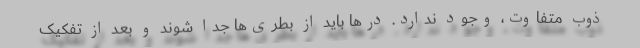
ذوب متفاوت، وجود ندارد. درها باید از بطری‌ها جدا شوند و بعد از تفکیک